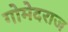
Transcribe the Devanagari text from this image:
गोमेदराज